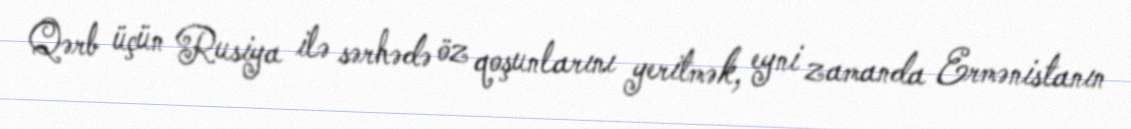
Qərb üçün Rusiya ilə sərhədə öz qoşunlarını yeritmək, eyni zamanda Ermənistanın